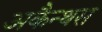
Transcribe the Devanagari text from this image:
अकैन्थस